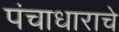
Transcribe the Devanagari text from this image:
पंचाधाराचे